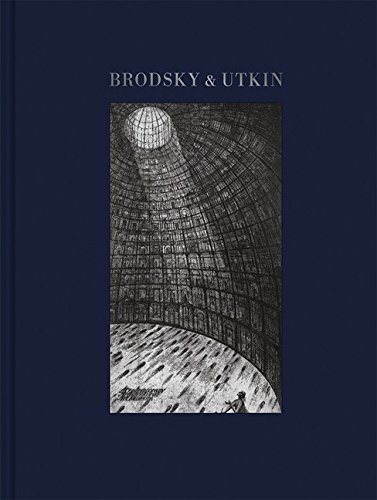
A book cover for Brodsky & Utkin; Alexander Brodsky; Arts & Photography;